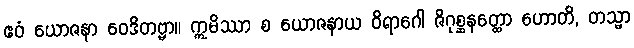
ဧဝံ ယောဇနာ ဝေဒိတဗ္ဗာ။ ဣမိဿာ စ ယောဇနာယ ဝိရာဂေါ ဇိဂုစ္ဆနတ္ထော ဟောတိ, တသ္မာ